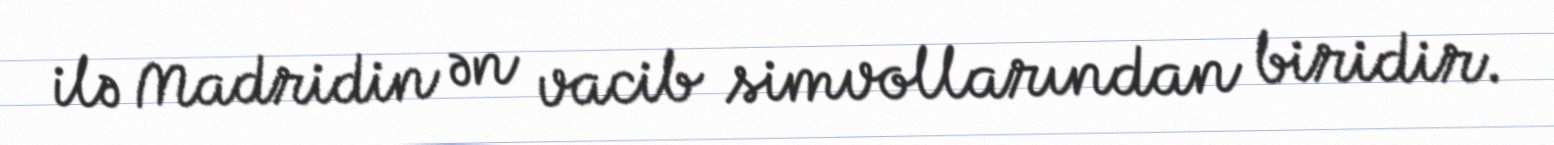
ilə Madridin ən vacib simvollarından biridir.